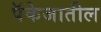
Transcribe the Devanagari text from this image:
पॅकेजातील